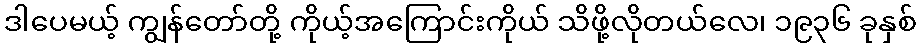
ဒါပေမယ့် ကျွန်တော်တို့ ကိုယ့်အကြောင်းကိုယ် သိဖို့လိုတယ်လေ၊ ၁၉၃၆ ခုနှစ်